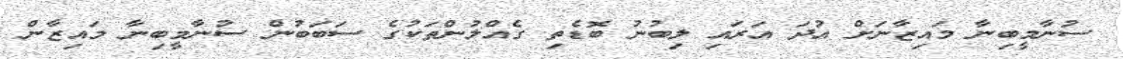
ސުނާމީބިނާ މައިޒާނަށް އުދަ އަރައި ލިބުނު ބޮޑެތި ގެއްލުންތަކުގެ ސަބަބުން ސުނާމީބިނާ މައިޒާން